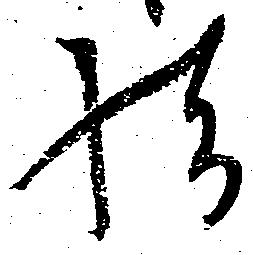
様